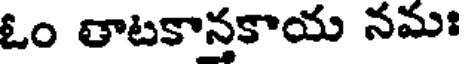
ఓం తాటకానకాయ నమః